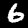
Digit: 6